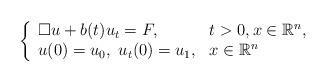
LaTeX: \begin{align*}\left\{ \begin{array}{ll}\square u + b(t) u_t = F,&t>0, x \in \mathbb{R}^n,\\u(0) = u_0, \ u_t(0) = u_1,& x\in \mathbb{R}^n\end{array}\right.\end{align*}